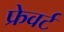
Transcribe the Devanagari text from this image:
फ्रेवर्ट